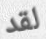
لقد